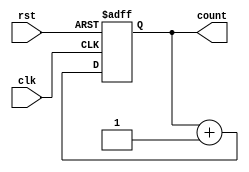
module ripple_counter (
    input wire clk,          // Clock signal
    input wire rst,          // Asynchronous reset signal
    output reg [3:0] count   // 4-bit binary count output
);

// Always block for the counter
always @(posedge clk or posedge rst) begin
    if (rst) begin
        count <= 4'b0000;  // Reset the counter to 0
    end else begin
        count <= count + 1; // Increment the counter
    end
end

endmodule